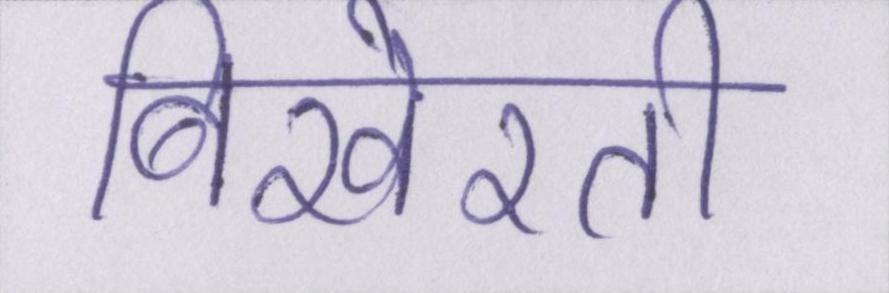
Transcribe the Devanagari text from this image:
बिखेरती